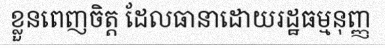
ខ្លួនពេញចិត្ត ដែលធានាដោយរដ្ឋធម្មនុញ្ញ